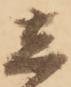
し